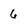
Character: 6